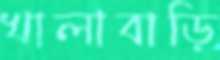
খালাবাড়ি